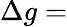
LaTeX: \Delta g=